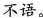
不语。